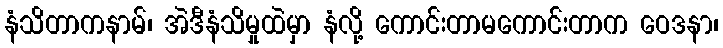
နံသိတာကနာမ်၊ အဲဒီနံသိမှုထဲမှာ နံလို့ ကောင်းတာမကောင်းတာက ဝေဒနာ၊